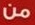
من